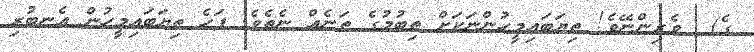
ގެ)  ވެރިންނޭވެ! ތިޔަބައިމީހުންނަކަށް ތިބުމުގެ ތަނެއް ނެތެވެ. ފަހެ ތިޔަބައިމީހުން އެނބުރި